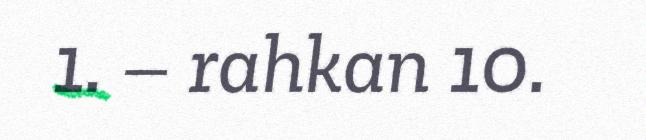
1. – rahkan 10.